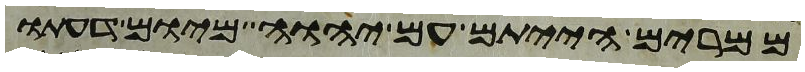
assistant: ממרים הייתם עם יהוה מיום דעתו